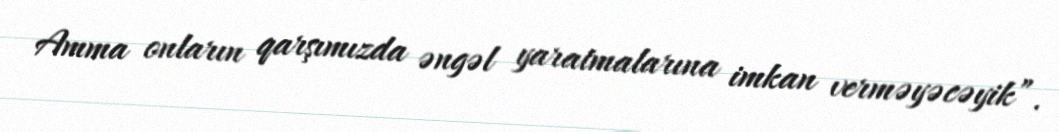
Amma onların qarşımızda əngəl yaratmalarına imkan verməyəcəyik”.